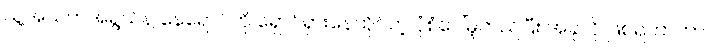
သူ့အသက်အရွယ်နဲ့ နေရောင်ကို ရှောင်ရှားနေထိုင်တဲ့ ပုံစံပေါ်မူတည်ပြီး အခုလို ဖြစ်ရတာဟာ